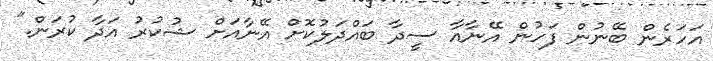
އަހަރެން ބޭނުން ފަހުން އޭނާއާ ސީދާ ބައްދަލުކޮށް އޭނާއަށް ޝުކުރު އަދާ ކުރަން."